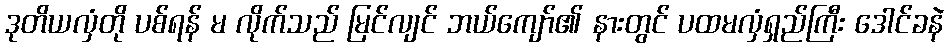
ဒုတိယလှံတို ပစ်ရန် မ လိုက်သည် မြင်လျင် ဘယ်ကျော်၏ နားတွင် ပထမလှံရှည်ကြီး ဒေါင်ခနဲ